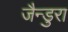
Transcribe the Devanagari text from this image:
जैन्डुरा